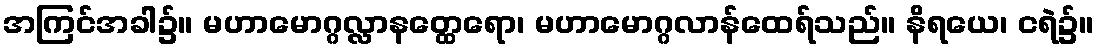
အကြင်အခါ၌။ မဟာမောဂ္ဂလ္လာနတ္ထေရော၊ မဟာမောဂ္ဂလာန်ထေရ်သည်။ နိရယေ၊ ငရဲ၌။